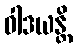
ဝါဒယန္တိ